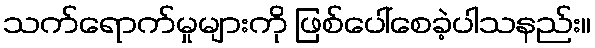
သက်ရောက်မှုများကို ဖြစ်ပေါ်စေခဲ့ပါသနည်း။